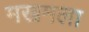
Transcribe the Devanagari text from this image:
मखमला